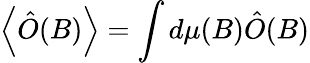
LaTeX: \left\langle\hat{O}(B)\right\rangle=\int d\mu(B)\hat{O}(B)